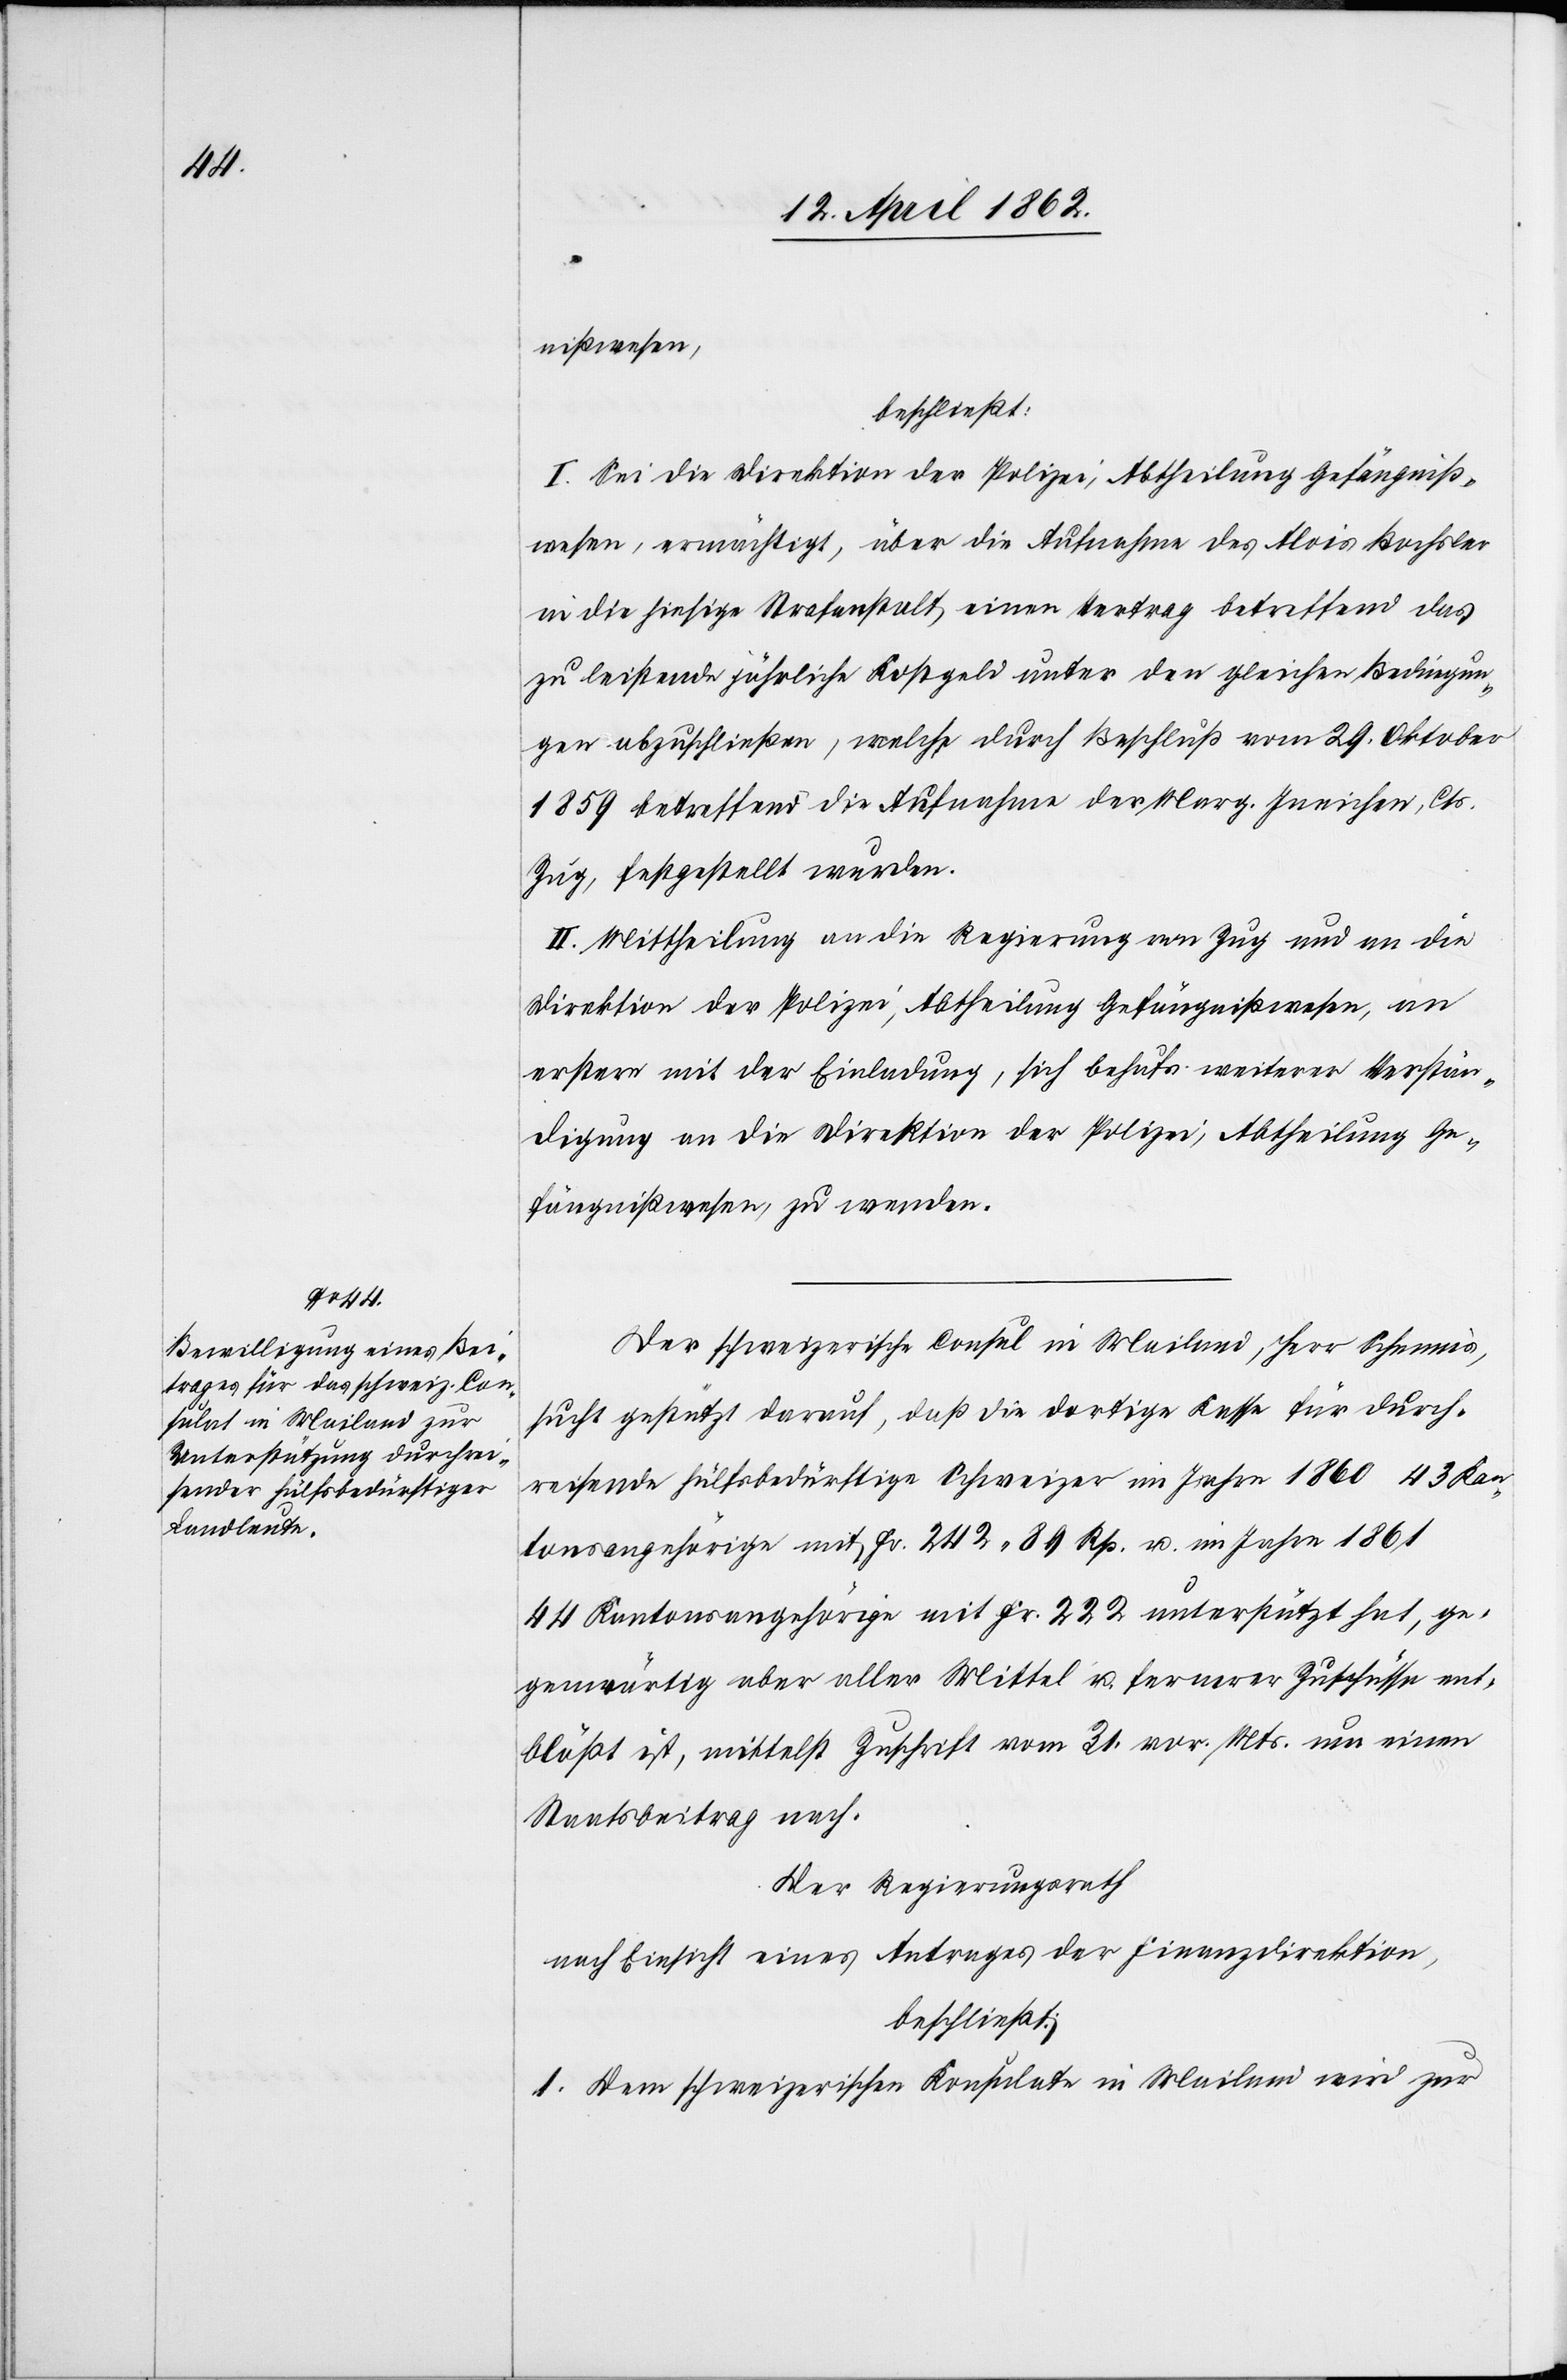
nißwesen,
beschließt:
I. Sei die Direktion der Polizei, Abtheilung Gefängniß¬
wesen, ermächtigt, über die Aufnahme des Alois Bochsler
in die hiesige Strafanstalt, einen Vertrag betreffend das
zu leistende jährliche Kostgeld unter den gleichen Bedingun¬
gen abzuschließen, welche durch Beschluß vom 29. Oktober
1859 betreffend die Aufnahme der Marg. Ineichen, Cts.
Zug, festgestellt wurden.
II. Mittheilung an die Regierung von Zug und an die
Direktion der Polizei, Abtheilung Gefängnißwesen, an
erstere mit der Einladung, sich behufs weiterer Verstän¬
digung an die Direktion der Polizei, Abtheilung Ge¬
fängnißwesen, zu wenden.
Der schweizerische Consul in Mailand, Herr Schennis,
sucht gestützt darauf, daß die dortige Kasse für durch¬
reisende hülfsbedürftige Schweizer im Jahre 1860 43 Kan¬
tonsangehörige mit Fr. 242 89 Rp. u. im Jahre 1861
44 Kantonsangehörige mit Fr. 222 unterstützt hat, ge¬
genwärtig aber aller Mittel u. fernerer Zuschüsse ent¬
blößt ist, mittelst Zuschrift vom 31. vor. Mts. um einen
Staatsbeitrag nach.
Der Regierungsrath
nach Einsicht eines Antrages der Finanzdirektion,
beschließt:
1. Dem schweizerischen Konsulate in Mailand wird zur